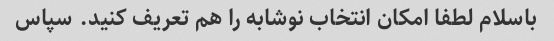
باسلام لطفا امکان انتخاب نوشابه را هم تعریف کنید. سپاس